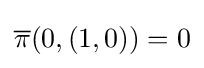
{\overline {\pi }}(0,(1,0))=0